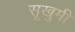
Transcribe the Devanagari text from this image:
सूखुमी